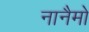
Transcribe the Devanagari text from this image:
नानैमो